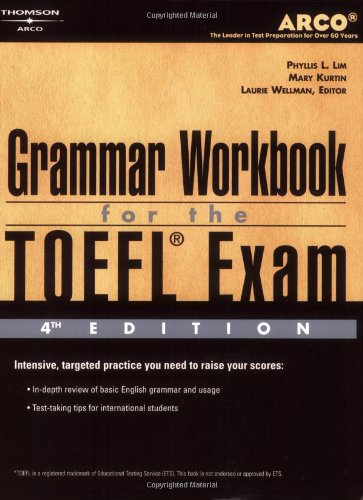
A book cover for TOEFL Grammar Workbook 4E (Peterson's Master the TOEFL Writing Skills); Phyllis L. Lim; Test Preparation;